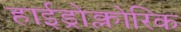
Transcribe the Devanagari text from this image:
हाईड्रोक्लोरिक